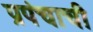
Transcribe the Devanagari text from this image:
प्रपंचाची